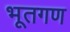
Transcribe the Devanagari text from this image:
भूतगण